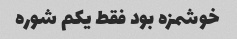
خوشمزه بود فقط یکم شوره